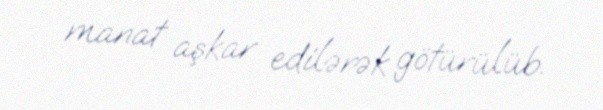
manat aşkar edilərək götürülüb.